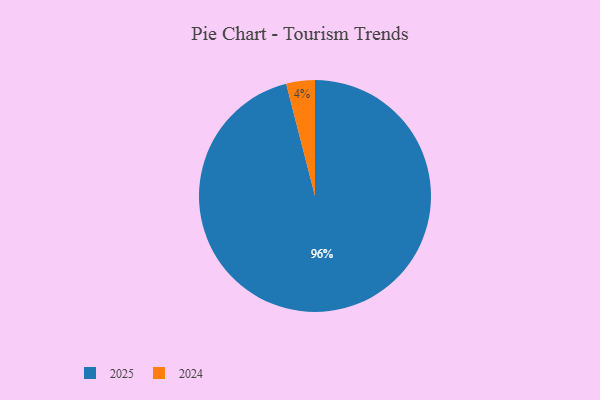
{"axis": {"x": "Category", "y": "Percentage"}, "legend": ["2024", "2025"], "data": [{"x": "2025", "y": 96, "type": "2025"}, {"x": "2024", "y": 4, "type": "2024"}]}